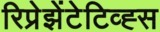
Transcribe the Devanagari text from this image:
रिप्रेझेंटेटिव्ह्स